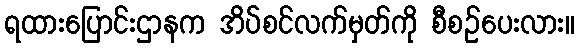
ရထားပြောင်းဌာနက အိပ်စင်လက်မှတ်ကို စီစဉ်ပေးလား။